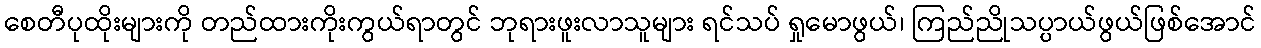
စေတီပုထိုးများကို တည်ထားကိုးကွယ်ရာတွင် ဘုရားဖူးလာသူများ ရင်သပ် ရှုမောဖွယ်၊ ကြည်ညိုသပ္ပာယ်ဖွယ်ဖြစ်အောင်